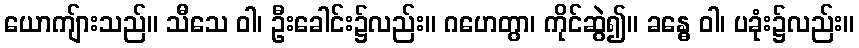
ယောကျ်ားသည်။ သီသေ ဝါ၊ ဦးခေါင်း၌လည်း။ ဂဟေတွာ၊ ကိုင်ဆွဲ၍။ ခန္ဓေ ဝါ၊ ပခုံး၌လည်း။